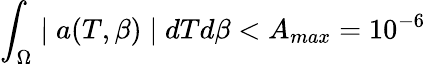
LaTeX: \int_{\Omega}\mid a(T,\beta)\mid dTd\beta<A_{max}=10^{-6}